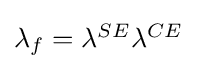
{\textstyle \lambda _{f}=\lambda ^{SE}\lambda ^{CE}}